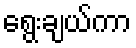
ရွေးချယ်ကာ